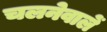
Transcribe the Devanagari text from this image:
चलनेवालें